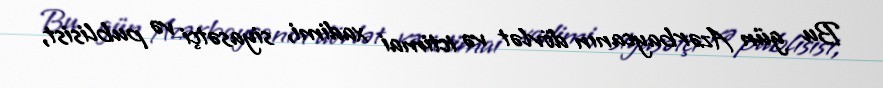
Bu gün Azərbaycanın dövlət və ictimai xadimi, siyasətçi və publisist,